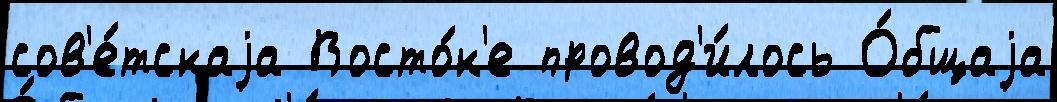
сов'е́тскаjа Восто́к'е провод'и́лось О́бщаjа